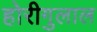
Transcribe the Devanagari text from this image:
होरीगुलाल